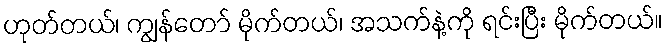
ဟုတ်တယ်၊ ကျွန်တော် မိုက်တယ်၊ အသက်နဲ့ကို ရင်းပြီး မိုက်တယ်။